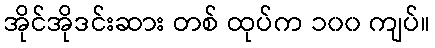
အိုင်အိုဒင်းဆား တစ် ထုပ်က ၁၀၀ ကျပ်။